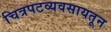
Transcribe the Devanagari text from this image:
चित्रपटव्यवसायतून